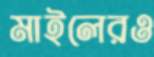
মাইলেরও